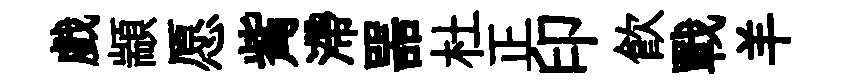
戲顓愿觜滯噐杜正印飲戰羊